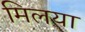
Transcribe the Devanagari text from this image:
मिलया